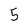
Character: 5